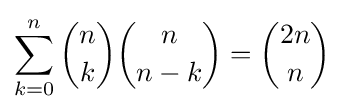
\sum _{k=0}^{n}{\binom {n}{k}}{\binom {n}{n-k}}={\binom {2n}{n}}